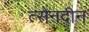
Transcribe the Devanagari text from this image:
त्सेनदीन